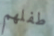
طفلهم